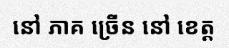
នៅ ភាគ ច្រើន នៅ ខេត្ត